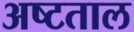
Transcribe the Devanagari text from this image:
अष्टताल